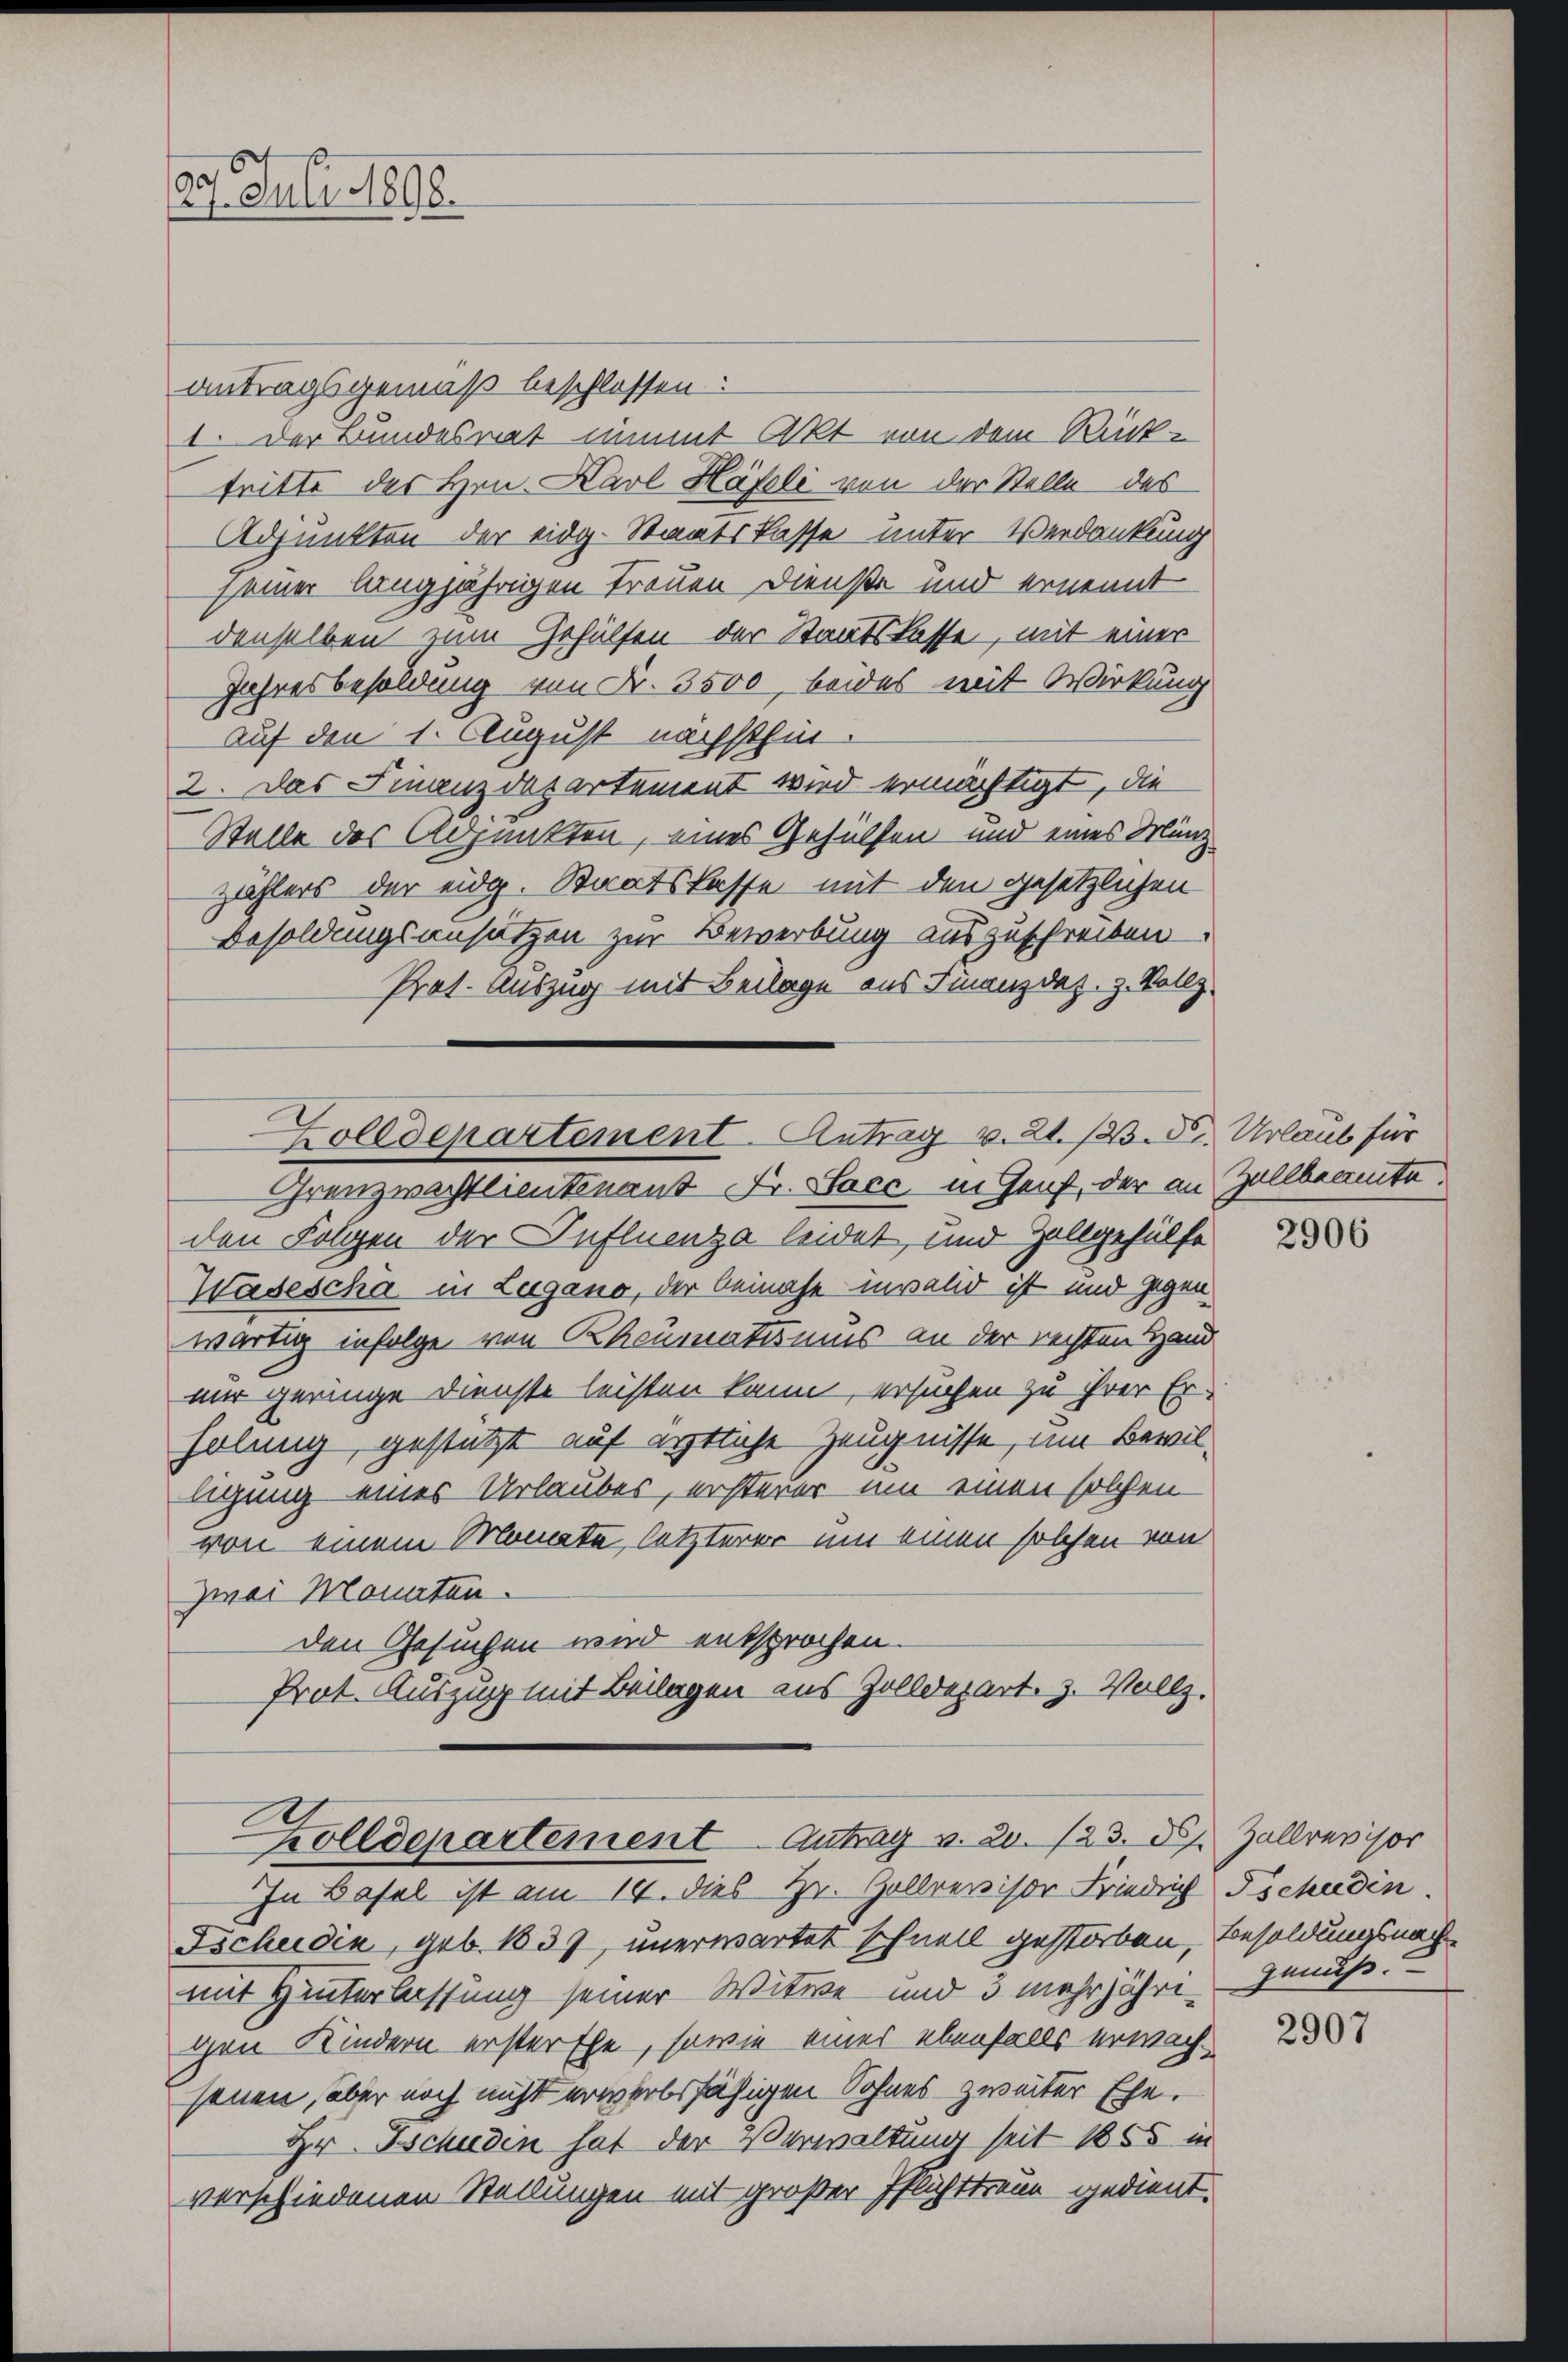
29. Juli 1898.

antragsgemäß beschlossen:
I. Der Bundesrat nimmt Akt von dem Rücktritte des Hrn. Karl Häfeli von der Stelle des
Adjunkten der eidg. Staatskasse unter Verdankung
seiner langjährigen Treuen Dienste und ernennt
denselben zum Gehülfen der Staatskasse, mit einer
Jahresbesoldung von Fr. 3500, beides mit Wirkung
auf den 1. August nächsthin.
2. Das Finanzdepartement wird ermächtigt, die
Stelle des Adjunkten, eines Gehülfen und eines Münz-
zählers der eidg. Staatskasse mit den gesetzlichen
Besoldungsansätzen zur Bewerbung auszuschreiben
Prat. Auszug mit Beilage aus Finanzdaz. z. Stallz
Grenzwachtlieutenant Fr. Sacc in Genf, der an Zollbeamte.
den Folgen der Influenza leidet, und Zollgehülfe
Wasescha in Lugano, der beinahe invalid ist und gegenwärtig infolge von Rheumatismus an der rechten Hand
nur geringe Dienste leisten kann, ersuchen zu ihrer Erholung, gestützt auf ärztliche Zeugnisse, um Bewilligung eines Urlaubes, ersterer um einen solchen
von einem Monate, letzterer um einen solchen von
zwei Monaten.
den Gesuchen wird entsprochen.
Prot. Auszug mit Beilagen aus Zolldepart. 3. Vollz.
Zolldepartement Antrag v. 20./23. 27. Zallrevisor
In Basel ist am 14. dies Hr. Hollrevisor Friedrich Tschudin
Tschudia, geb. 1837, unerwartet schnell gestorben, Besoldungsnachmit Hinterlassung seiner Witwe und 3 mehrjähri- Genuß.
gen Kindern ersterthe, sowie eines ebenfalls erwach-
senen, aber noch nicht erwerbsfähigen Sohnes zweiter Ehe.
Hr. Tschudin hat der Verwaltung seit 1855 in
verschiedenen Stellungen mit großer Pflichttreue gedient.

Zolldepartement. Antrag v. 21./23. d. Urlaub für

2906

2907